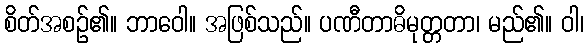
စိတ်အစဉ်၏။ ဘာဝေါ။ အဖြစ်သည်။ ပဏီတာဓိမုတ္တတာ၊ မည်၏။ ဝါ၊